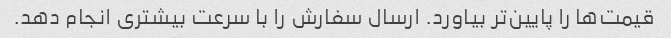
قیمت‌ها را پایین‌تر بیاورد. ارسال سفارش را با سرعت بیشتری انجام دهد.